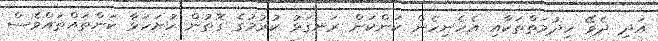
އަދި ދެވޭ ހިދުމަތްތަކާއި އެހެނިހެން ކަންކަން ރަނގަޅު ކުރުމުގެ ގޮތުން ހުށަހަޅާ ކަންތައްތައްވެސް